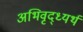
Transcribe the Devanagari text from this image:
अभिवृद्ध्यर्थ